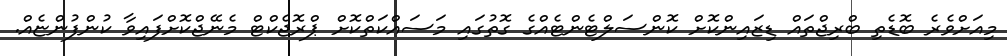
މިއަށްވެރެ ބޮޑެތި ބްރިޖްތައް ޑިޒައިންކޮށް ކޮންސަލްޓެންޓެއްގެ ގޮތުގައި މަސައްކަަތްކޮށް ޕްރޮޖެކްޓް މެނޭޖްކޮށްފައިވާ ކުންފުންޏެއް.